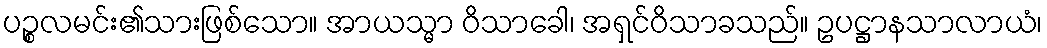
ပဉ္စလမင်း၏သားဖြစ်သော။ အာယသ္မာ ဝိသာခေါ၊ အရှင်ဝိသာခသည်။ ဥပဋ္ဌာနသာလာယံ၊